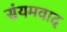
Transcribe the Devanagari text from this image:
संयमवाद